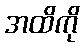
အထိကို